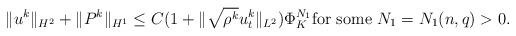
LaTeX: \begin{align*}\|u^k\|_{H^2}+\|P^k\|_{H^1}\le C(1+\|\sqrt{\rho^k}u_t^k\|_{L^2})\Phi_K^{N_1} {\rm for \ some}\ N_1=N_1(n,q)>0.\end{align*}